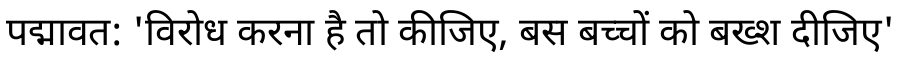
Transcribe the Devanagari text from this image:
पद्मावत: 'विरोध करना है तो कीजिए, बस बच्चों को बख्श दीजिए'